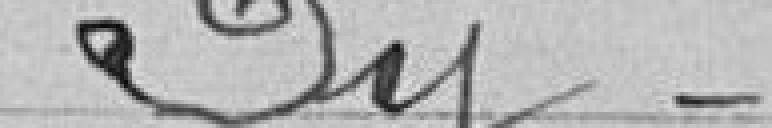
M. Py